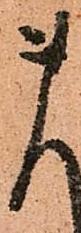
ま